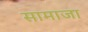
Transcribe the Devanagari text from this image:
सामाजा